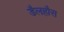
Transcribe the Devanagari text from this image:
डैलहौस